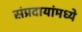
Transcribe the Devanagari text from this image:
संप्रदायांमध्ये